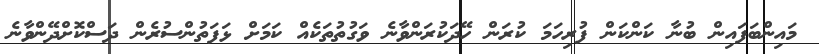
މައިންބަފައިން ބުނާ ކަންކަން ފުރިހަމަ ކުރަން ހޭދަކުރަންވާނެ ވަގުތުތަކެއް ކަމަށް ޅަފަތުންސުރެން ދަސްކޮށްދޭންވާނެ